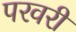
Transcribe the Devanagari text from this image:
परवरी